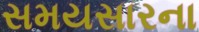
સમયસારના